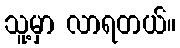
သူ့မှာ လာရတယ်။